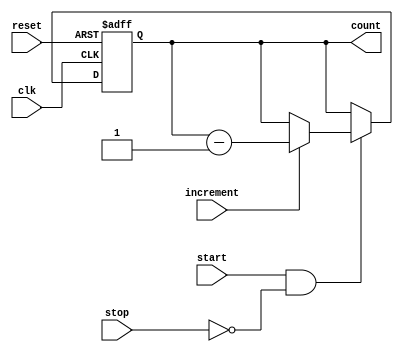
module CountdownTimer (
    input wire clk,
    input wire reset,
    input wire start,
    input wire stop,
    input wire increment,
    output reg [31:0] count
);

always @(posedge clk or posedge reset) begin
    if (reset) begin
        count <= 0;
    end else begin
        if (start && !stop) begin
            if (increment) begin
                count <= count - 1;
            end
        end
    end
end

endmodule